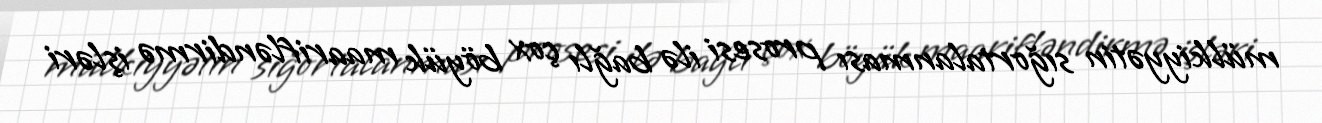
mülkiyyətin sığortalanması prosesi ilə bağlı çox böyük maarifləndirmə işləri